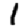
Digit: 1